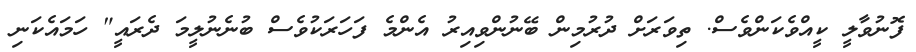
ފޮނުވާލީ ކީއްވެކަންވެސް. ތިވަރަށް ދުރުމިން ބޭނުންވިއިރު އެންމެ ފަހަރަކުވެސް ބުނެނުލީމަ ދެރައީ" ހަމައެކަނި